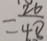
= \frac { 2 6 } { 4 8 }